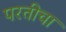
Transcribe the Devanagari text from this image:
परतीचा